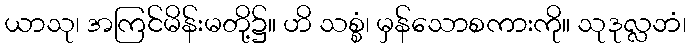
ယာသု၊ အကြင်မိန်းမတို့၌။ ဟိ သစ္စံ၊ မှန်သောစကားကို။ သုဒုလ္လဘံ၊